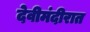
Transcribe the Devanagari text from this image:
देवीमंदीरात